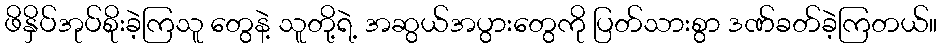
ဖိနှိပ်အုပ်စိုးခဲ့ကြသူ တွေနဲ့ သူတို့ရဲ့ အဆွယ်အပွားတွေကို ပြတ်သားစွာ ဒဏ်ခတ်ခဲ့ကြတယ်။